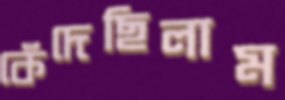
কেঁদেছিলাম